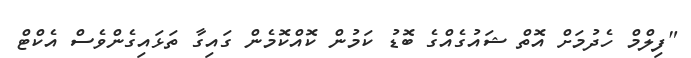
"ފިލްމް ހެދުމަށް އޮތް ޝައުގެއްގެ ބޮޑު ކަމުން ކޮއްކޮމެން ގައިގާ ތަޅައިގެންވެސް އެކްޓް